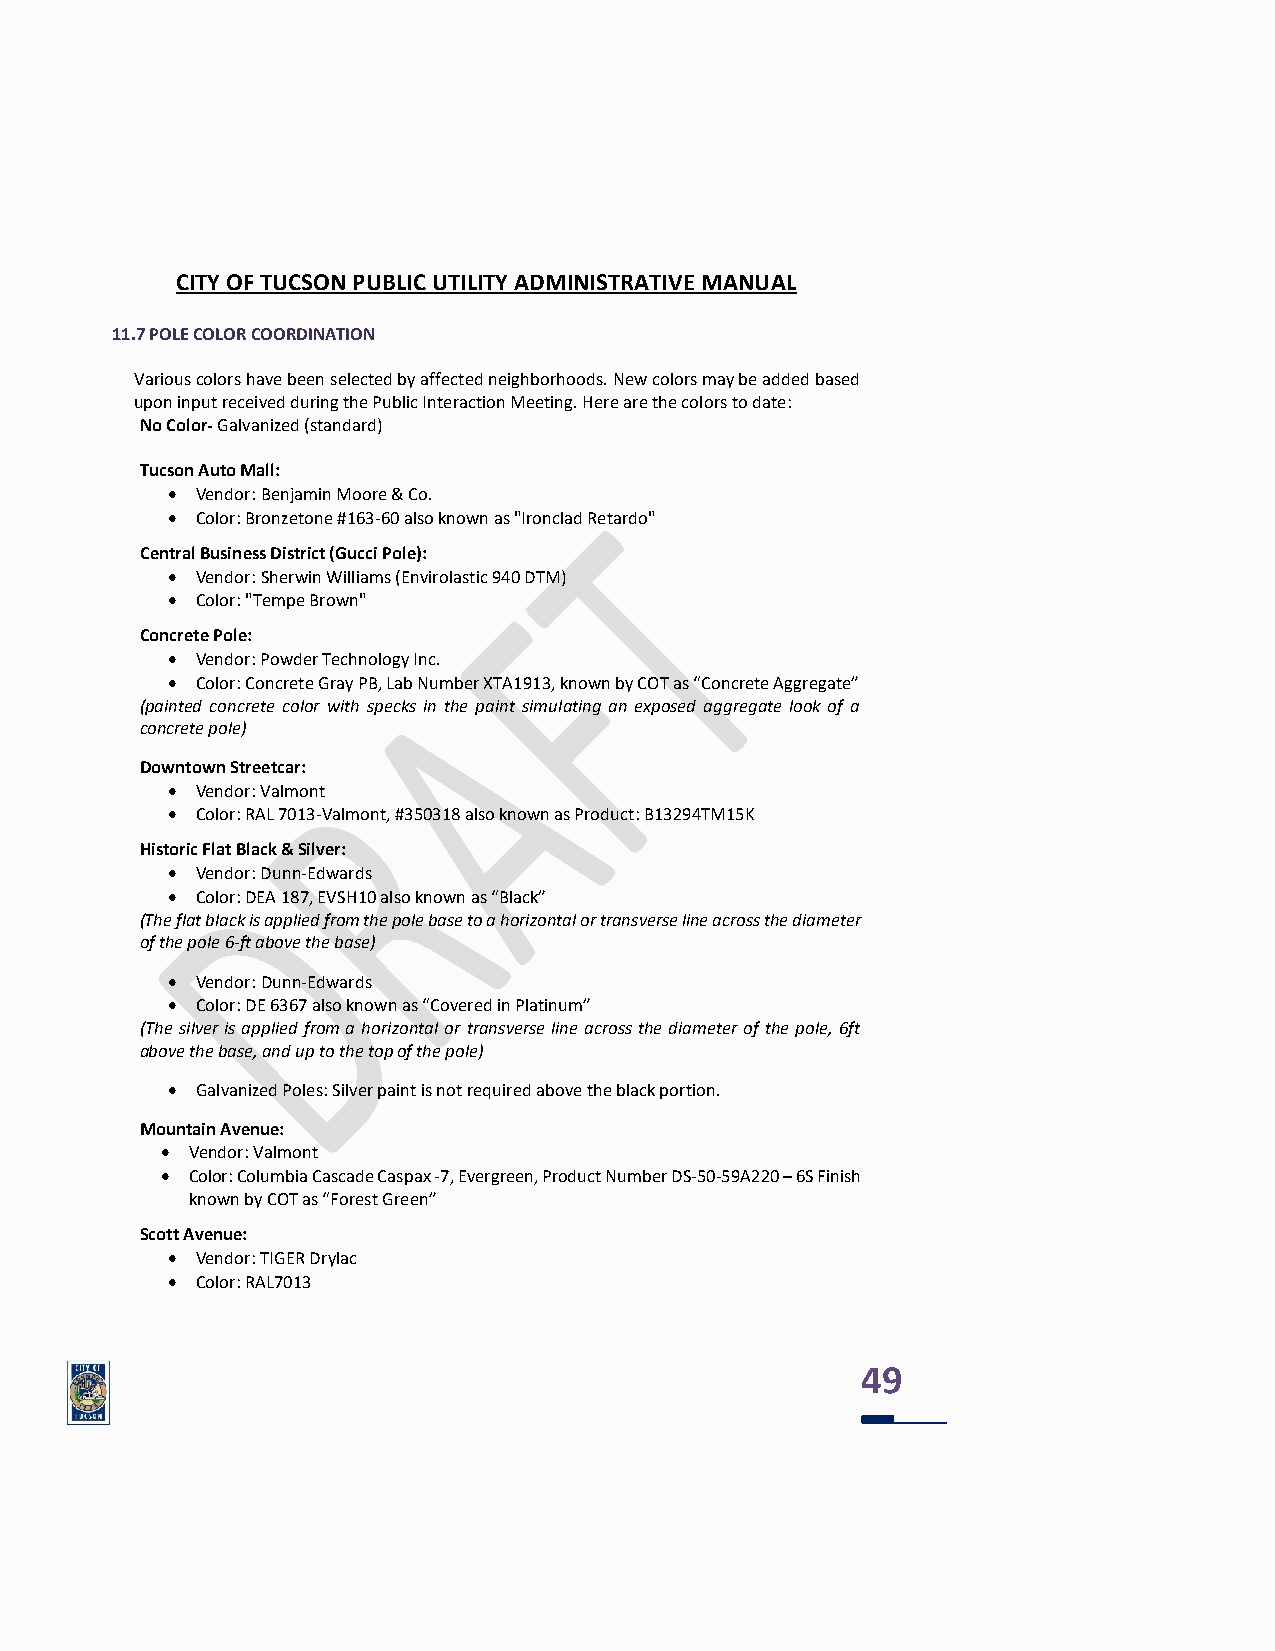
CITY OF TUCSON PUBLIC UTILITY ADMINISTRATIVE MANUAL
 11.7 POLE COLOR COORDINATION
 Various colors have been selected by affected neighborhoods. New colors may be added based
 upon input received during the Public Interaction Meeting. Here are the colors to date:
 No Color- Galvanized (standard)
 Tucson Auto Mall:
 • Vendor: Benjamin Moore & Co.
 • Color: Bronzetone #163-60 also known as "Ironclad Retardo"
 Central Business District (Gucci Pole):
 • Vendor: Sherwin Williams (Envirolastic 940 DTM)
 • Color: "Tempe Brown"
 Concrete Pole:
 • Vendor: Powder Technology Inc.
 • Color: Concrete Gray PB, Lab Number XTA1913, known by COT as “Concrete Aggregate”
 (painted concrete color with specks in the paint simulating an exposed aggregate look of a
 concrete pole)
 Downtown Streetcar:
 • Vendor: Valmont
 • Color: RAL 7013-Valmont, #350318 also known as Product: B13294TM15K
 Historic Flat Black & Silver:
 • Vendor: Dunn-Edwards
 • Color: DEA 187, EVSH10 also known as “Black”
 (The flat black is applied from the pole base to a horizontal or transverse line across the diameter
 of the pole 6-ft above the base)
 • Vendor: Dunn-Edwards
 • Color: DE 6367 also known as “Covered in Platinum”
 (The silver is applied from a horizontal or transverse line across the diameter of the pole, 6ft
 above the base, and up to the top of the pole)
 • Galvanized Poles: Silver paint is not required above the black portion.
 Mountain Avenue:
 • Vendor: Valmont
 • Color: Columbia Cascade Caspax -7, Evergreen, Product Number DS-50-59A220 – 6S Finish
 known by COT as “Forest Green”
 Scott Avenue:
 • Vendor: TIGER Drylac
 • Color: RAL7013
 49